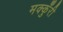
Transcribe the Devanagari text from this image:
मक्कुँरी